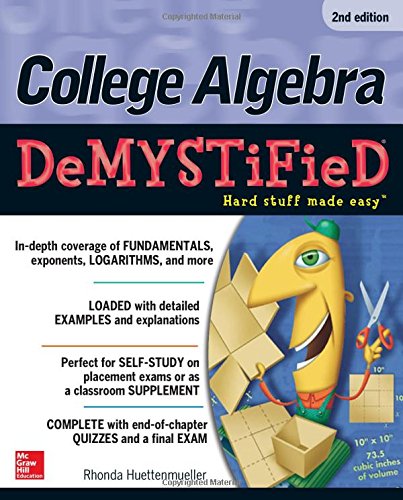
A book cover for College Algebra DeMYSTiFieD, 2nd Edition; Rhonda Huettenmueller; Science & Math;